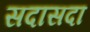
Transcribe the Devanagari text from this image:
सदासदा